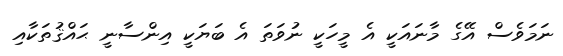
ނަމަވެސް އޭގެ މާނައަކީ އެ މީހަކީ ނުވަތަ އެ ބަޔަކީ އިންސާނީ ޙައްޤުތަކާއި